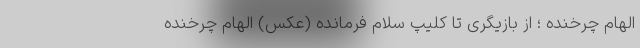
الهام چرخنده ؛ از بازیگری تا کلیپ سلام فرمانده (عکس) الهام چرخنده